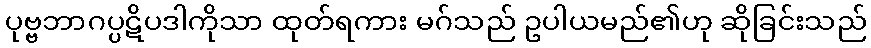
ပုဗ္ဗဘာဂပ္ပဋိပဒါကိုသာ ထုတ်ရကား မဂ်သည် ဥပါယမည်၏ဟု ဆိုခြင်းသည်